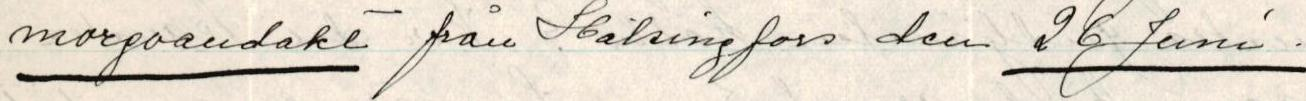
morgoandakt från Hälsingfors den 26 Juni.